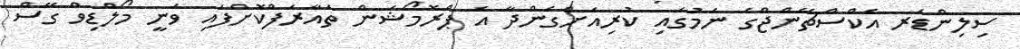
ސިލިންޑަރ އެކްސްޗޭންޖްގެ ނަމުގައި ކުރިއަށްގެންދާ އެ ޕްރޮމޯޝަން ތައާރަފްކޮށްފައި ވަނީ މޯލްޑިވް ގޭސް